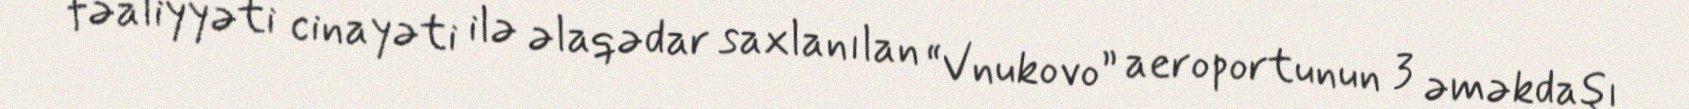
fəaliyyəti cinayəti ilə əlaqədar saxlanılan “Vnukovo” aeroportunun 3 əməkdaşı